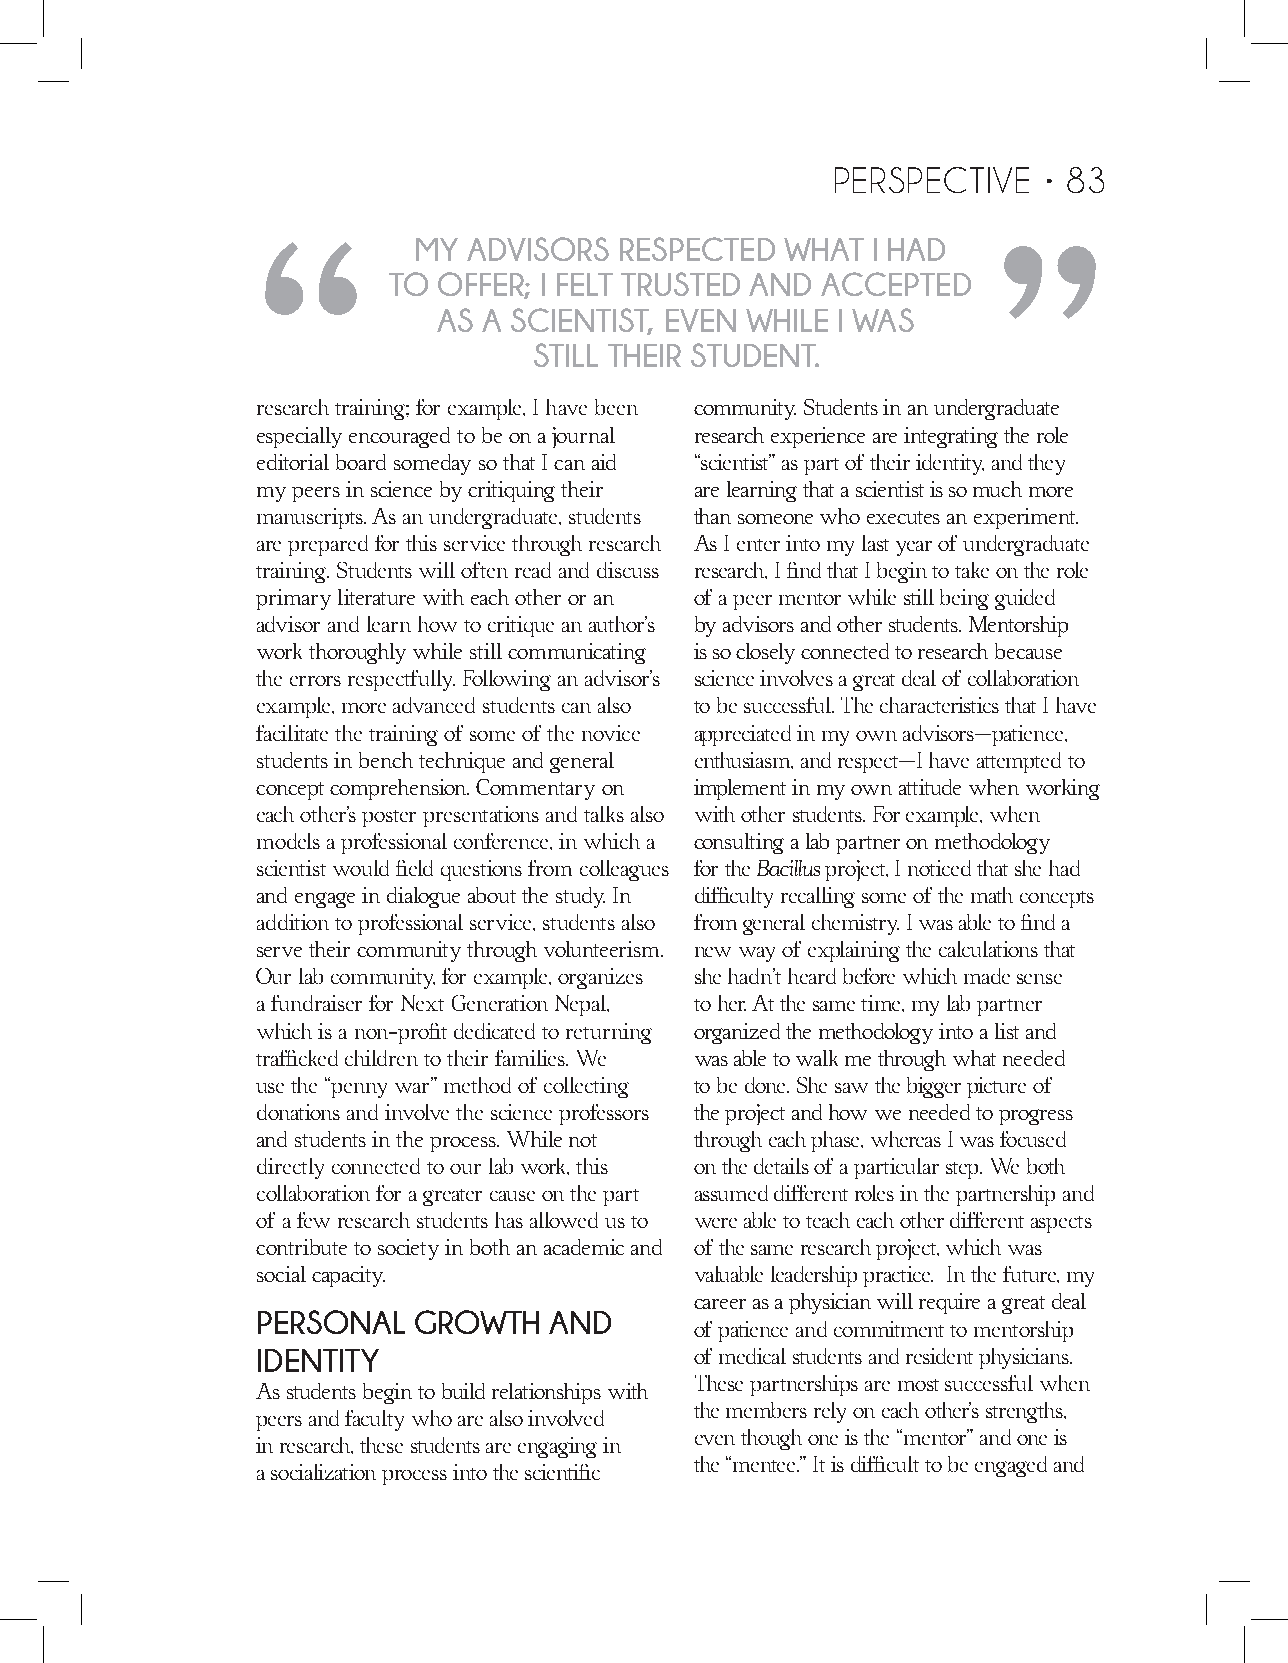
“
 PERSPECTIVE   • 83
 MY  ADVISORS  RESPECTED  WHAT  I HAD
 “
 TO OFFER; I FELT TRUSTED AND ACCEPTED
 AS A SCIENTIST, EVEN WHILE I WAS
 STILL THEIR STUDENT.
 research training; for example, I have been community. Students in an undergraduate
 especially encouraged to be on a journal research experience are integrating the role
 editorial board someday so that I can aid “scientist” as part of their identity, and they
 my peers in science by critiquing their are learning that a scientist is so much more
 manuscripts. As an undergraduate, students than someone who executes an experiment.
 are prepared for this service through research As I enter into my last year of undergraduate
 training. Students will often read and discuss research, I find that I begin to take on the role
 primary literature with each other or an of a peer mentor while still being guided
 advisor and learn how to critique an author’s by advisors and other students. Mentorship
 work thoroughly while still communicating is so closely connected to research because
 the errors respectfully. Following an advisor’s science involves a great deal of collaboration
 example, more advanced students can also to be successful. The characteristics that I have
 facilitate the training of some of the novice appreciated in my own advisors—patience,
 students in bench technique and general enthusiasm, and respect—I have attempted to
 concept comprehension. Commentary on implement in my own attitude when working
 each other’s poster presentations and talks also with other students. For example, when
 models a professional conference, in which a consulting a lab partner on methodology
 scientist would field questions from colleagues for the Bacillus project, I noticed that she had
 and engage in dialogue about the study. In difficulty recalling some of the math concepts
 addition to professional service, students also from general chemistry. I was able to find a
 serve their community through volunteerism. new way of explaining the calculations that
 Our lab community, for example, organizes she hadn’t heard before which made sense
 a fundraiser for Next Generation Nepal, to her. At the same time, my lab partner
 which is a non-profit dedicated to returning organized the methodology into a list and
 trafficked children to their families. We was able to walk me through what needed
 use the “penny war” method of collecting to be done. She saw the bigger picture of
 donations and involve the science professors the project and how we needed to progress
 and students in the process. While not through each phase, whereas I was focused
 directly connected to our lab work, this on the details of a particular step. We both
 collaboration for a greater cause on the part assumed different roles in the partnership and
 of a few research students has allowed us to were able to teach each other different aspects
 contribute to society in both an academic and of the same research project, which was
 social capacity.             valuable leadership practice. In the future, my
 career as a physician will require a great deal
 PERSONAL  GROWTH   AND
 of patience and commitment to mentorship
 IDENTITY                     of medical students and resident physicians.
 These partnerships are most successful when
 As students begin to build relationships with
 the members rely on each other’s strengths,
 peers and faculty who are also involved
 even though one is the “mentor” and one is
 in research, these students are engaging in
 the “mentee.” It is difficult to be engaged and
 a socialization process into the scientific